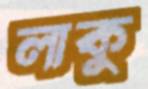
লাকু